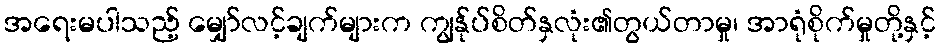
အရေးမပါသည့် မျှော်လင့်ချက်များက ကျွန်ုပ်စိတ်နှလုံး၏တွယ်တာမှု၊ အာရုံစိုက်မှုတို့နှင့်